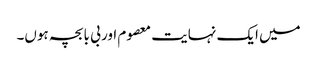
میں ایک نہایت معصوم اور بی با بچہ ہوں۔